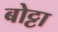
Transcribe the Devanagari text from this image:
बोट्टा